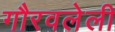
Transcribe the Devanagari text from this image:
गौरवलेली